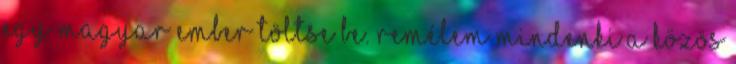
egy magyar ember töltse be. Remélem mindenki a közös